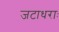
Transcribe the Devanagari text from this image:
जटाधराः